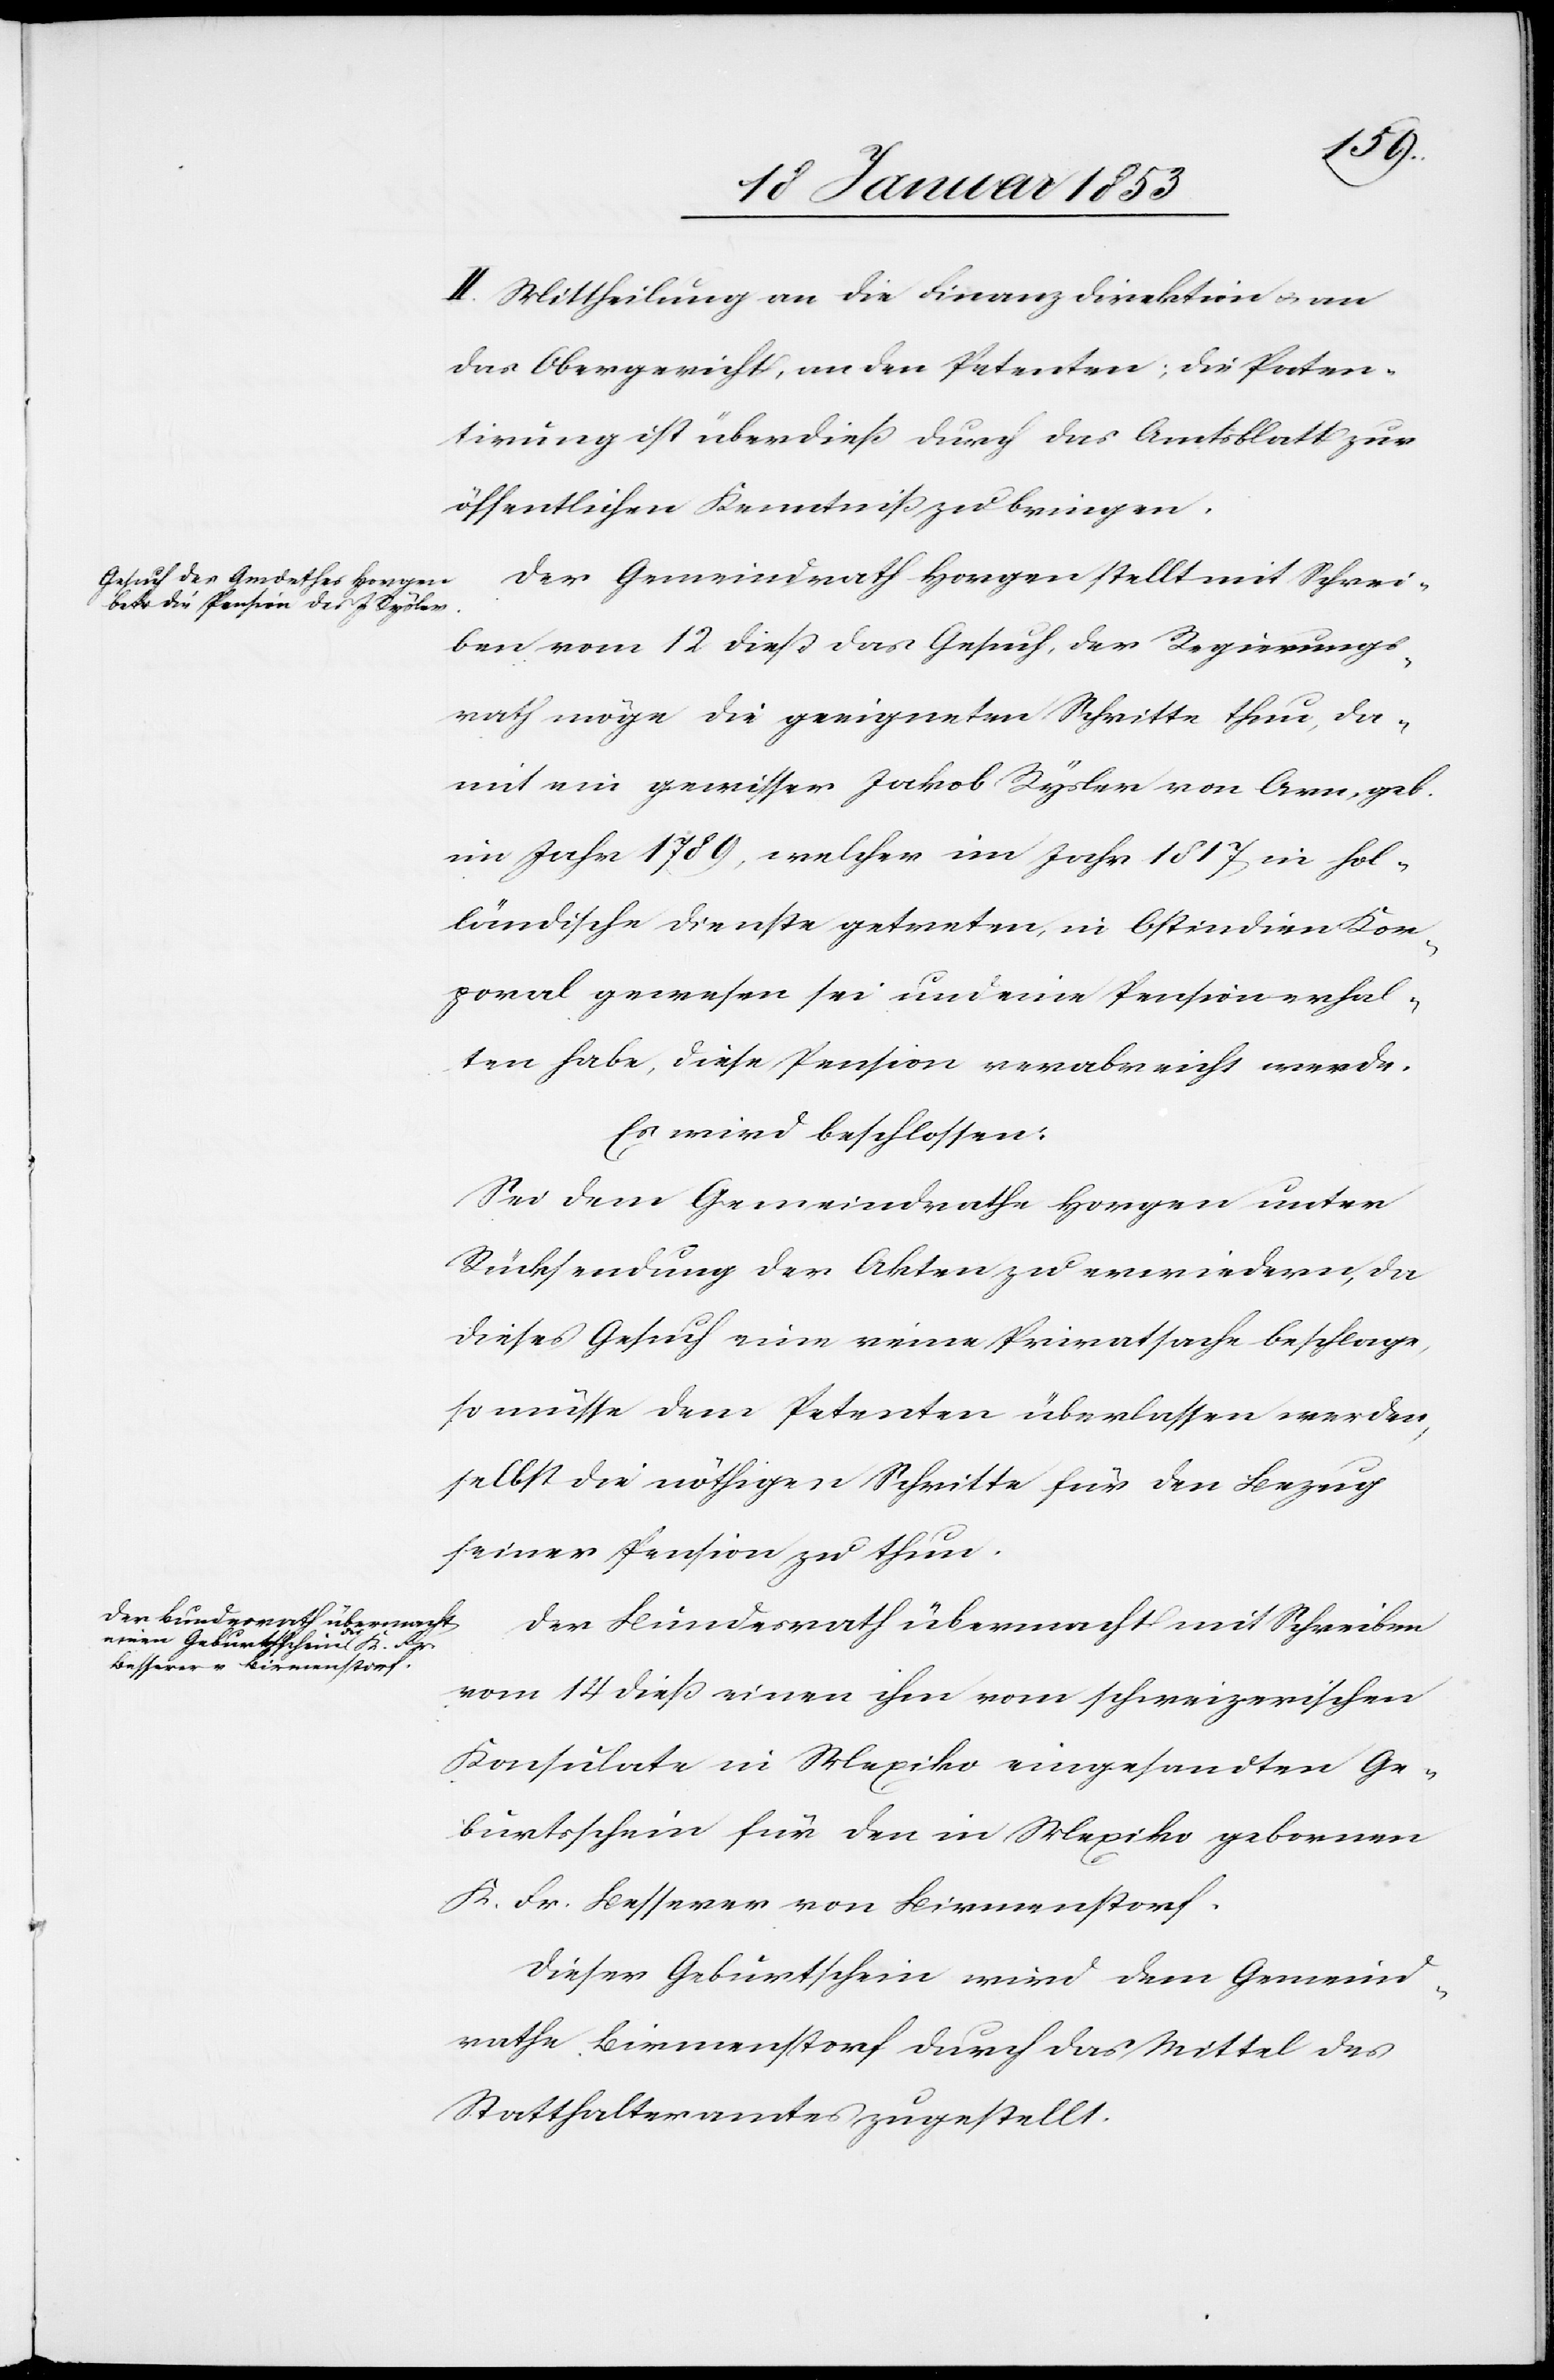
II. Mittheilung an die Finanzdirektion u. an
das Obergericht, an den Petenten; die Paten¬
tirung ist überdieß durch das Amtsblatt zur
öffentlichen Kenntniß zu bringen.
Der Gemeindrath Horgen stellt mit Schrei¬
ben vom 12 dieß das Gesuch, der Regierungs¬
rath möge die geeigneten Schritte thun da¬
mit ein gewisser Jakob Rysler von Arn, geb.
im Jahre 1789, welcher im Jahre 1817 in hol¬
ländische Dienste getreten, in Ostindien Kor¬
poral gewesen sei und eine Pension erhal¬
ten habe, diese Pension verabreicht werde.
Es wird beschlossen:
Sei dem Gemeindrathe Horgen unter
Rücksendung der Akten zu erwiedern, da
dieses Gesuch eine reine Privatsache beschlage,
so müsse dem Petenten überlassen werden,
selbst die nöthigen Schritte für den Bezug
seiner Pension zu thun.
Der Bundesrath übermacht mit Schreiben
vom 14 dieß einen ihm vom schweizerischen
Konsulate in Mexico eingesandten Ge¬
burtsschein für den in Mexiko gebornen
K. Fr. Besserer von Birmenstorf.
Dieser Geburtschein wird dem Gemeind¬
rathe Birmenstorf durch das Mittel des
Statthalteramtes zugestellt.